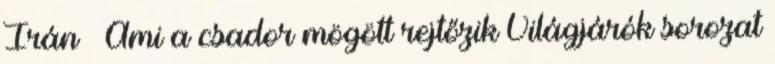
Irán – Ami a csador mögött rejtőzik Világjárók sorozat